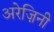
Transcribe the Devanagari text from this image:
अरेज़िनी